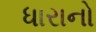
ધારાનો